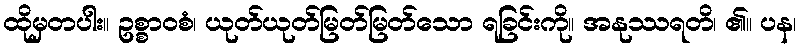
ထိုမှတပါး။ ဥစ္စာဝစံ၊ ယုတ်ယုတ်မြတ်မြတ်သော ရခြင်းကို။ အနုဿရတိ၊ ၏။ ပန၊